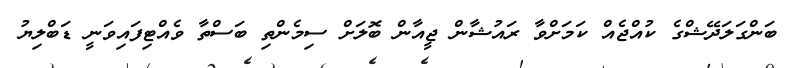
ބަންގަލަދޭޝްގެ ކުއްޖެއް ކަމަށްވާ ރައުޝާން ޖީއާން ބޮލަށް ސިމެންތި ބަސްތާ ވެއްޓިފައިވަނީ ޑަބްލިޔު